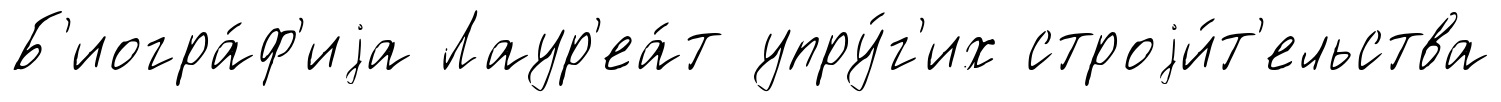
Б'иогра́ф'иjа Лаур'еа́т упру́г'их строjи́т'ельства